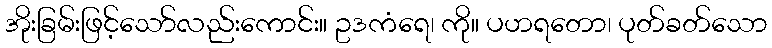
အိုးခြမ်းဖြင့်သော်လည်းကောင်း။ ဥဒကံရေ၊ ကို။ ပဟရတော၊ ပုတ်ခတ်သော